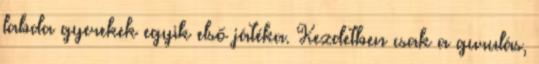
labda gyerekek egyik első játéka. Kezdetben csak a gurulás,